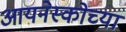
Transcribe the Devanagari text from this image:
आयनेस्कोच्या